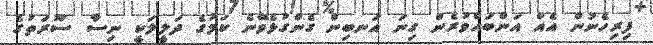
ފިރިހެނުން އެއް އަންބައްވުރެން ގިނަ އަނބިން ގެންގުޅެވޭނެ ކަމުގެ ދަލީލަކީ ނިސާ ސޫރަތުގެ